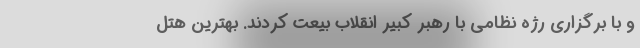
و با برگزاری رژه نظامی با رهبر کبیر انقلاب بیعت کردند. بهترین هتل